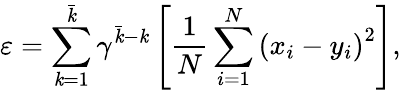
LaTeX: \varepsilon=\sum_{\mathit{k}=1}^{\bar{{\mathit{k}}}}\gamma^{\bar{{\mathit{k}}}-\mathit{k}}\left[\frac{{1}}{{N}}\sum_{i=1}^{N}\left(x_{i}-y_{i}\right)^{2}\right],